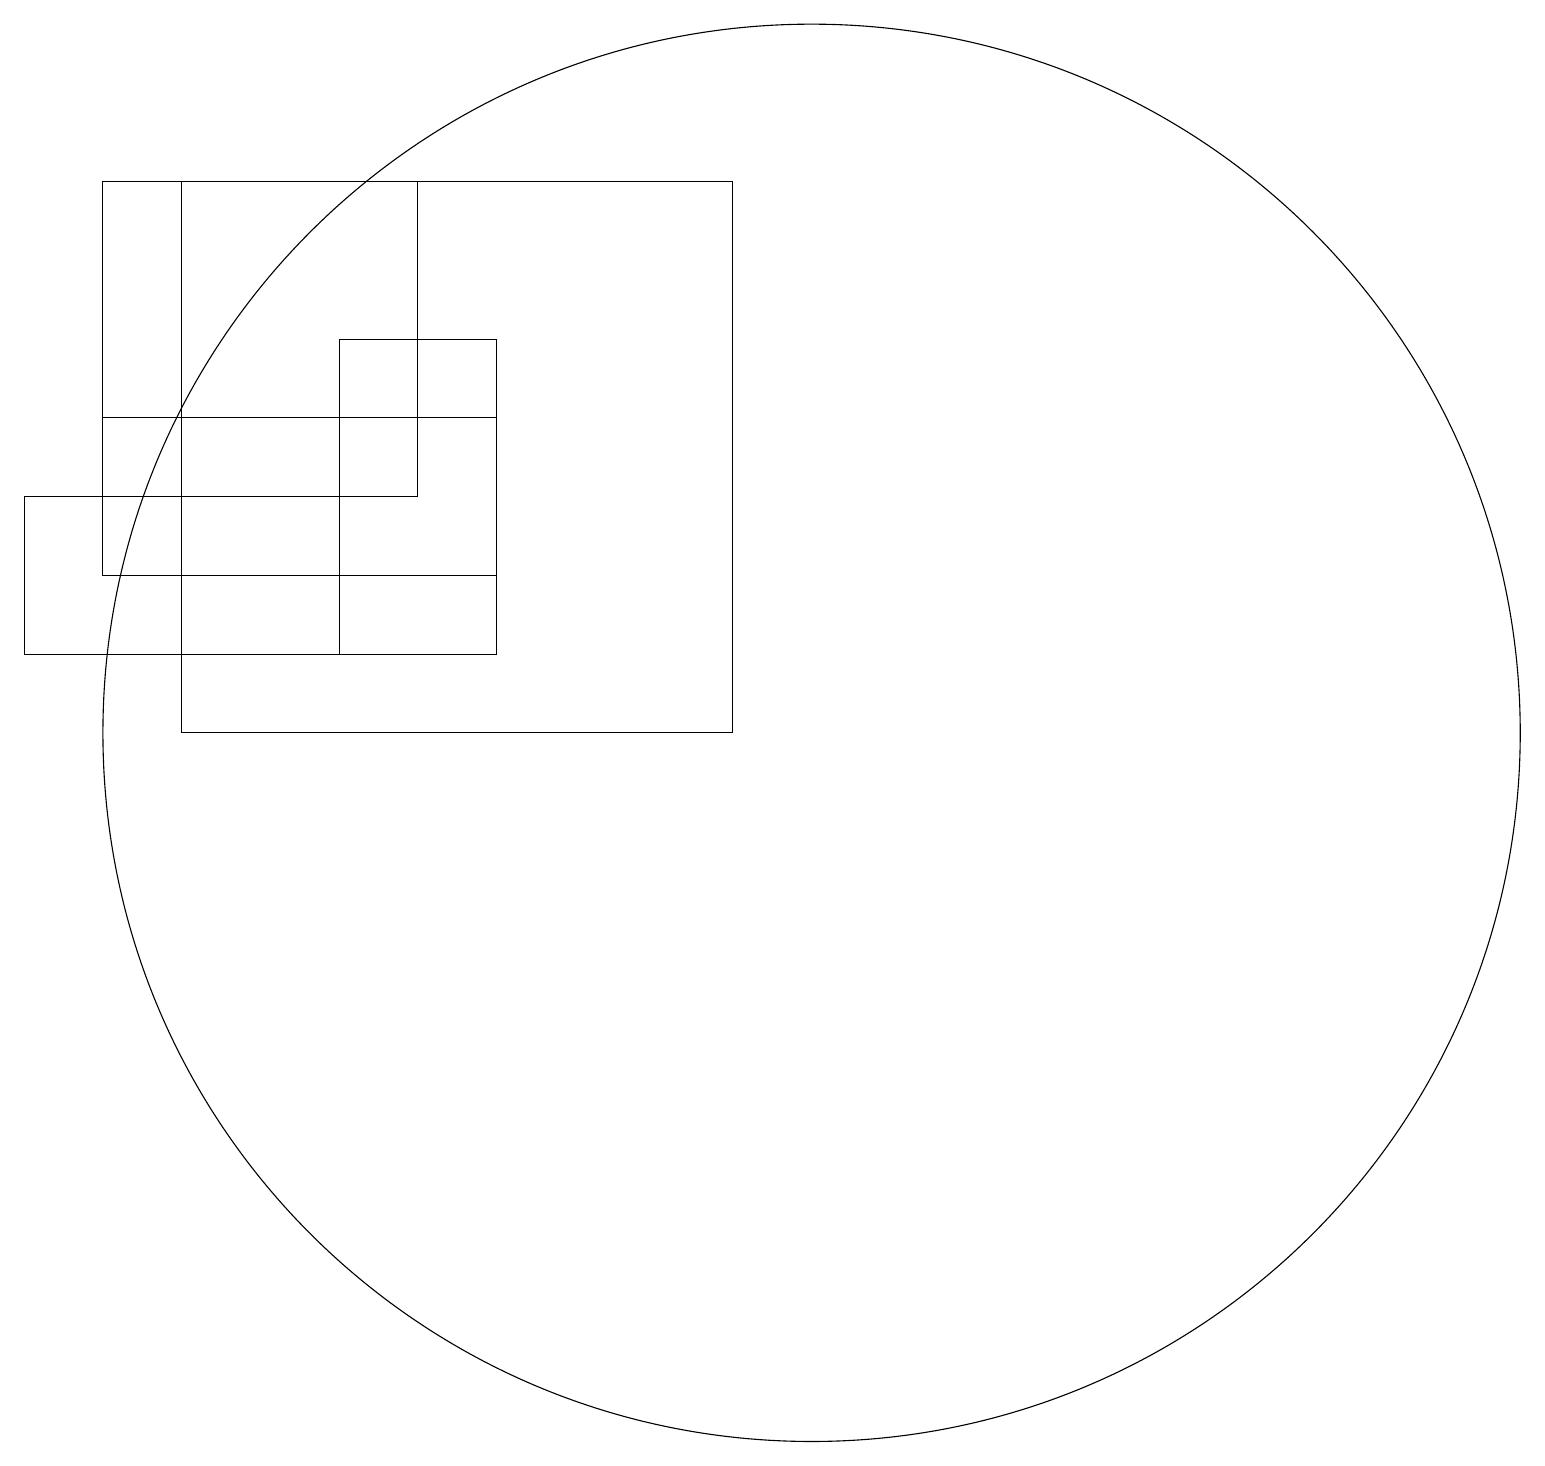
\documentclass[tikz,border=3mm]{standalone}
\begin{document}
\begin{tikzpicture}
\draw (9,10) rectangle (2,17);
\draw (6,15) rectangle (4,11);
\draw (10,10) circle (9);
\draw (1,12) rectangle (6,14);
\draw (0,13) rectangle (4,11);
\draw (1,17) rectangle (5,13);
\draw (11,10) circle (0);
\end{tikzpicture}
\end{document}